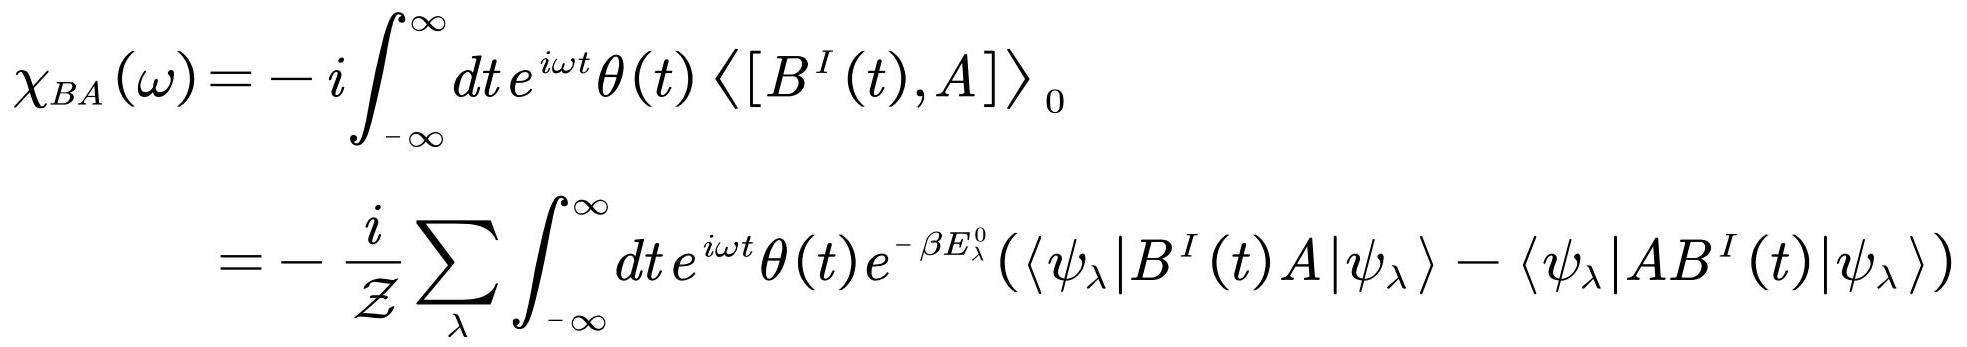
\[
\begin{align*}
\chi_{BA}(\omega)&=-i\int_{-\infty}^{\infty}dt e^{i\omega t}\theta(t)\langle[B^{I}(t),A]\rangle_{0}\\
&=-\frac{i}{\mathcal{Z}}\sum_{\lambda}\int_{-\infty}^{\infty}dt e^{i\omega t}\theta(t)e^{-\beta E_{\lambda}^{0}}(\langle\psi_{\lambda}|B^{I}(t)A|\psi_{\lambda}\rangle-\langle\psi_{\lambda}|AB^{I}(t)|\psi_{\lambda}\rangle)
\end{align*}
\]